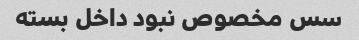
سس مخصوص نبود داخل بسته